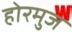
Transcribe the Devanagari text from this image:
होरमुज